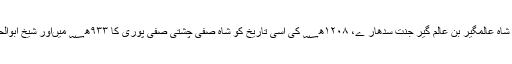
۱۱۳۴ھ؁ کی اسی تاریخ کوبہادر شاہ، شاہ عالمگیر بن عالم گیرؒ جنت سدھار ے، ۱۲۰۸ھ؁ کی اسی تاریخ کو شاہ صفی چشتی صفی پوری کا ۹۳۳ھ؁ میںاور شیخ ابوالحسن خرمانیؒ کا ۹۷۰ھ؁ میں انتقال ہوا۔